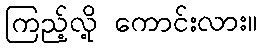
ကြည့်လို့ ကောင်းလား။